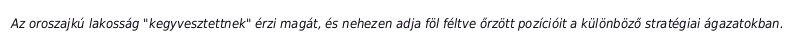
Az oroszajkú lakosság "kegyvesztettnek" érzi magát, és nehezen adja föl féltve őrzött pozícióit a különböző stratégiai ágazatokban.